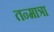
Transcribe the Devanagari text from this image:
तन्मात्रा